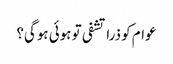
عوام کو ذرا تشفی تو ہوئی ہوگی؟